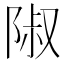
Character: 𨺏